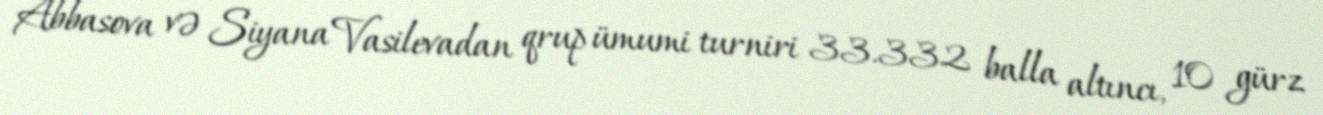
Abbasova və Siyana Vasilevadan qrup ümumi turniri 33.332 balla altıncı, 10 gürz